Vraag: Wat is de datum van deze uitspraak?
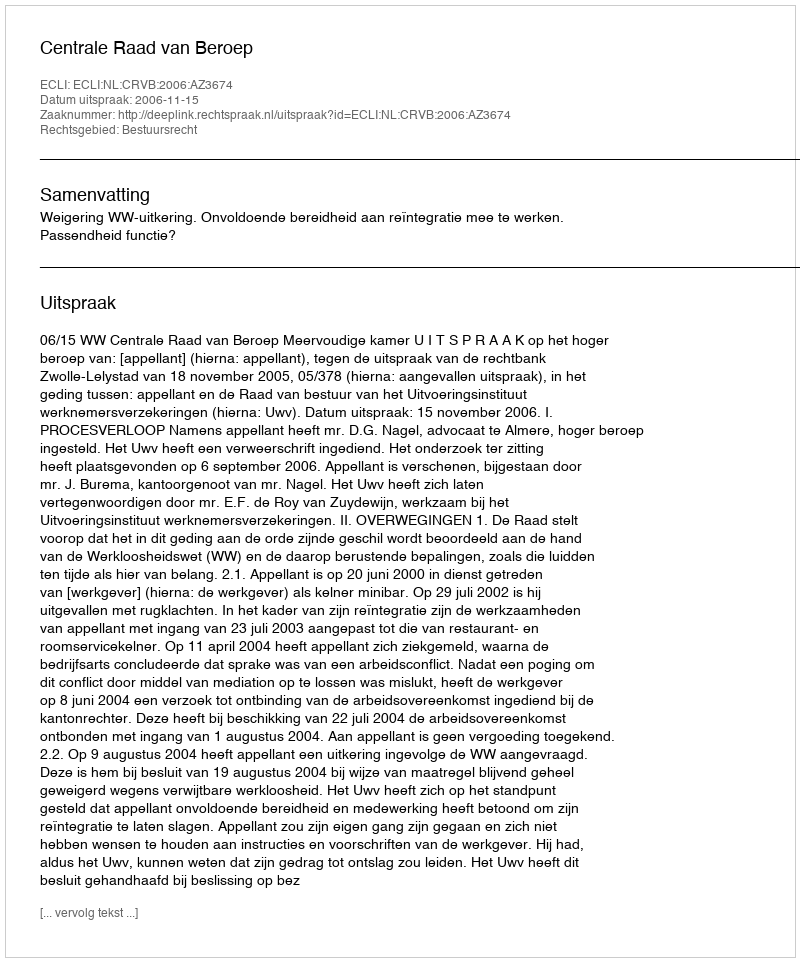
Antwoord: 2006-11-15